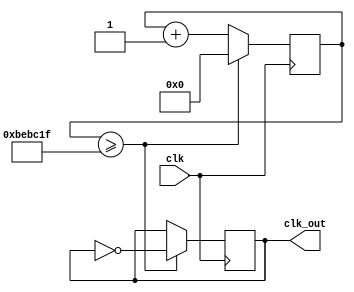
module FastClockDivider(input clk, output reg clk_out);
  reg [31:0] counter;
  parameter D = 32'd12500000;

  always @(posedge clk) begin
    counter <= counter + 32'd1;
    if (counter >= (D-1)) begin
      clk_out <= ~clk_out;
      counter <= 32'd0;
    end
  end
endmodule